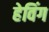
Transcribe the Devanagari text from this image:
हेविंग